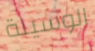
الوسيلة